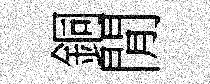
銅閒